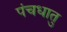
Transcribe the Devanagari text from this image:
पंचधातु